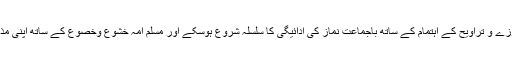
تاکہ رمضان المبارک میں روزے و تراویح کے اہتمام کے ساتھ باجماعت نماز کی ادائیگی کا سلسلہ شروع ہوسکے اور مسلم امہ خشوع وخصوع کے ساتھ اپنی مذہبی عبادات جاری رکھ سکیں۔